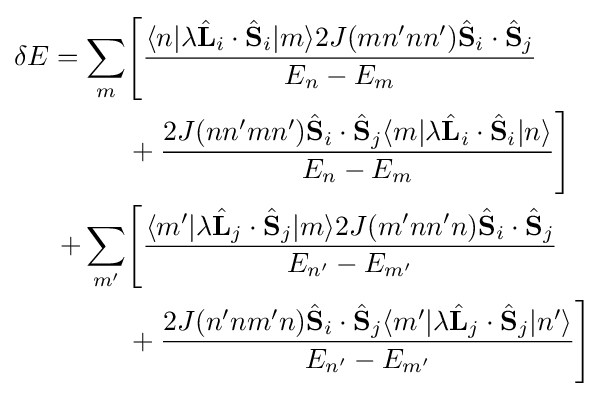
{\begin{aligned}\delta E=\sum _{m}&{\Biggl [}{\frac {\langle n|\lambda {\hat {\mathbf {L} }}_{i}\cdot {\hat {\mathbf {S} }}_{i}|m\rangle 2J(mn'nn'){\hat {\mathbf {S} }}_{i}\cdot {\hat {\mathbf {S} }}_{j}}{E_{n}-E_{m}}}\\&+{\frac {2J(nn'mn'){\hat {\mathbf {S} }}_{i}\cdot {\hat {\mathbf {S} }}_{j}\langle m|\lambda {\hat {\mathbf {L} }}_{i}\cdot {\hat {\mathbf {S} }}_{i}|n\rangle }{E_{n}-E_{m}}}{\Biggr ]}\\+\sum _{m'}&{\Biggl [}{\frac {\langle m'|\lambda {\hat {\mathbf {L} }}_{j}\cdot {\hat {\mathbf {S} }}_{j}|m\rangle 2J(m'nn'n){\hat {\mathbf {S} }}_{i}\cdot {\hat {\mathbf {S} }}_{j}}{E_{n'}-E_{m'}}}\\&+{\frac {2J(n'nm'n){\hat {\mathbf {S} }}_{i}\cdot {\hat {\mathbf {S} }}_{j}\langle m'|\lambda {\hat {\mathbf {L} }}_{j}\cdot {\hat {\mathbf {S} }}_{j}|n'\rangle }{E_{n'}-E_{m'}}}{\Biggr ]}\end{aligned}}